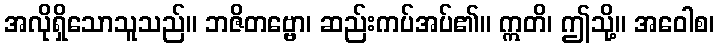
အလိုရှိသောသူသည်။ ဘဇိတဗ္ဗော၊ ဆည်းကပ်အပ်၏။ ဣတိ၊ ဤသို့။ အဝေါစ၊